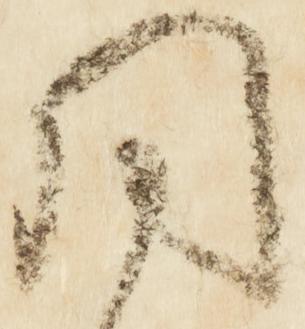
同